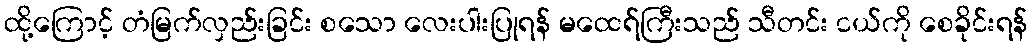
ထို့ကြောင့် တံမြက်လှည်းခြင်း စသော လေးပါးပြုရန် မထေရ်ကြီးသည် သီတင်း ငယ်ကို စေခိုင်းရန်